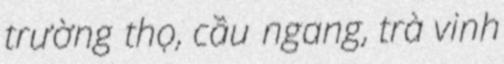
trường thọ, cầu ngang, trà vinh